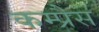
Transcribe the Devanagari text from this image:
कम्प्रैस